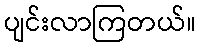
ပျင်းလာကြတယ်။